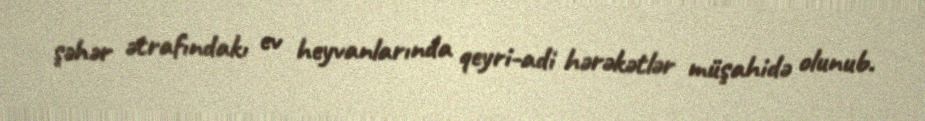
şəhər ətrafındakı ev heyvanlarında qeyri-adi hərəkətlər müşahidə olunub.